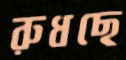
রুধছে